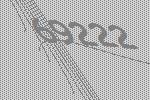
69222